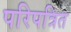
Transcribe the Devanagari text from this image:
परिपत्रित